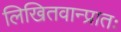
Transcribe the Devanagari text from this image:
लिखितवान्प्रातः